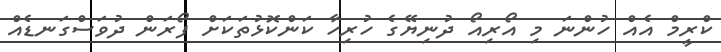
ކްރީމް އެއް ހުންނަ މި އޯރިއޯ ދުނިޔޭގެ ހުރިހާ ކަންކޮޅުތަކަށް ފޯރަން ދުވަސްގަނޑެއް